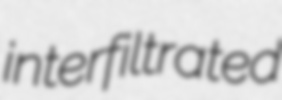
interfiltrated